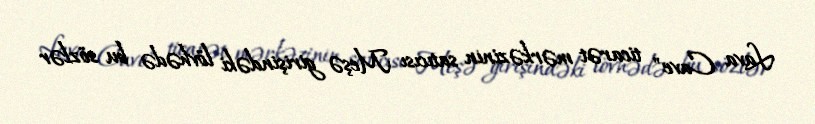
Lava Cave" ticarət mərkəzinin satıcısı Meşə girişindəki lövhədə bu sözlər